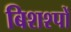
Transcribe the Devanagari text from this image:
बिशश्पों